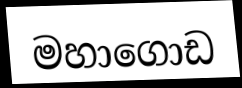
මහාගොඩ